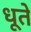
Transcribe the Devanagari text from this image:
धूते